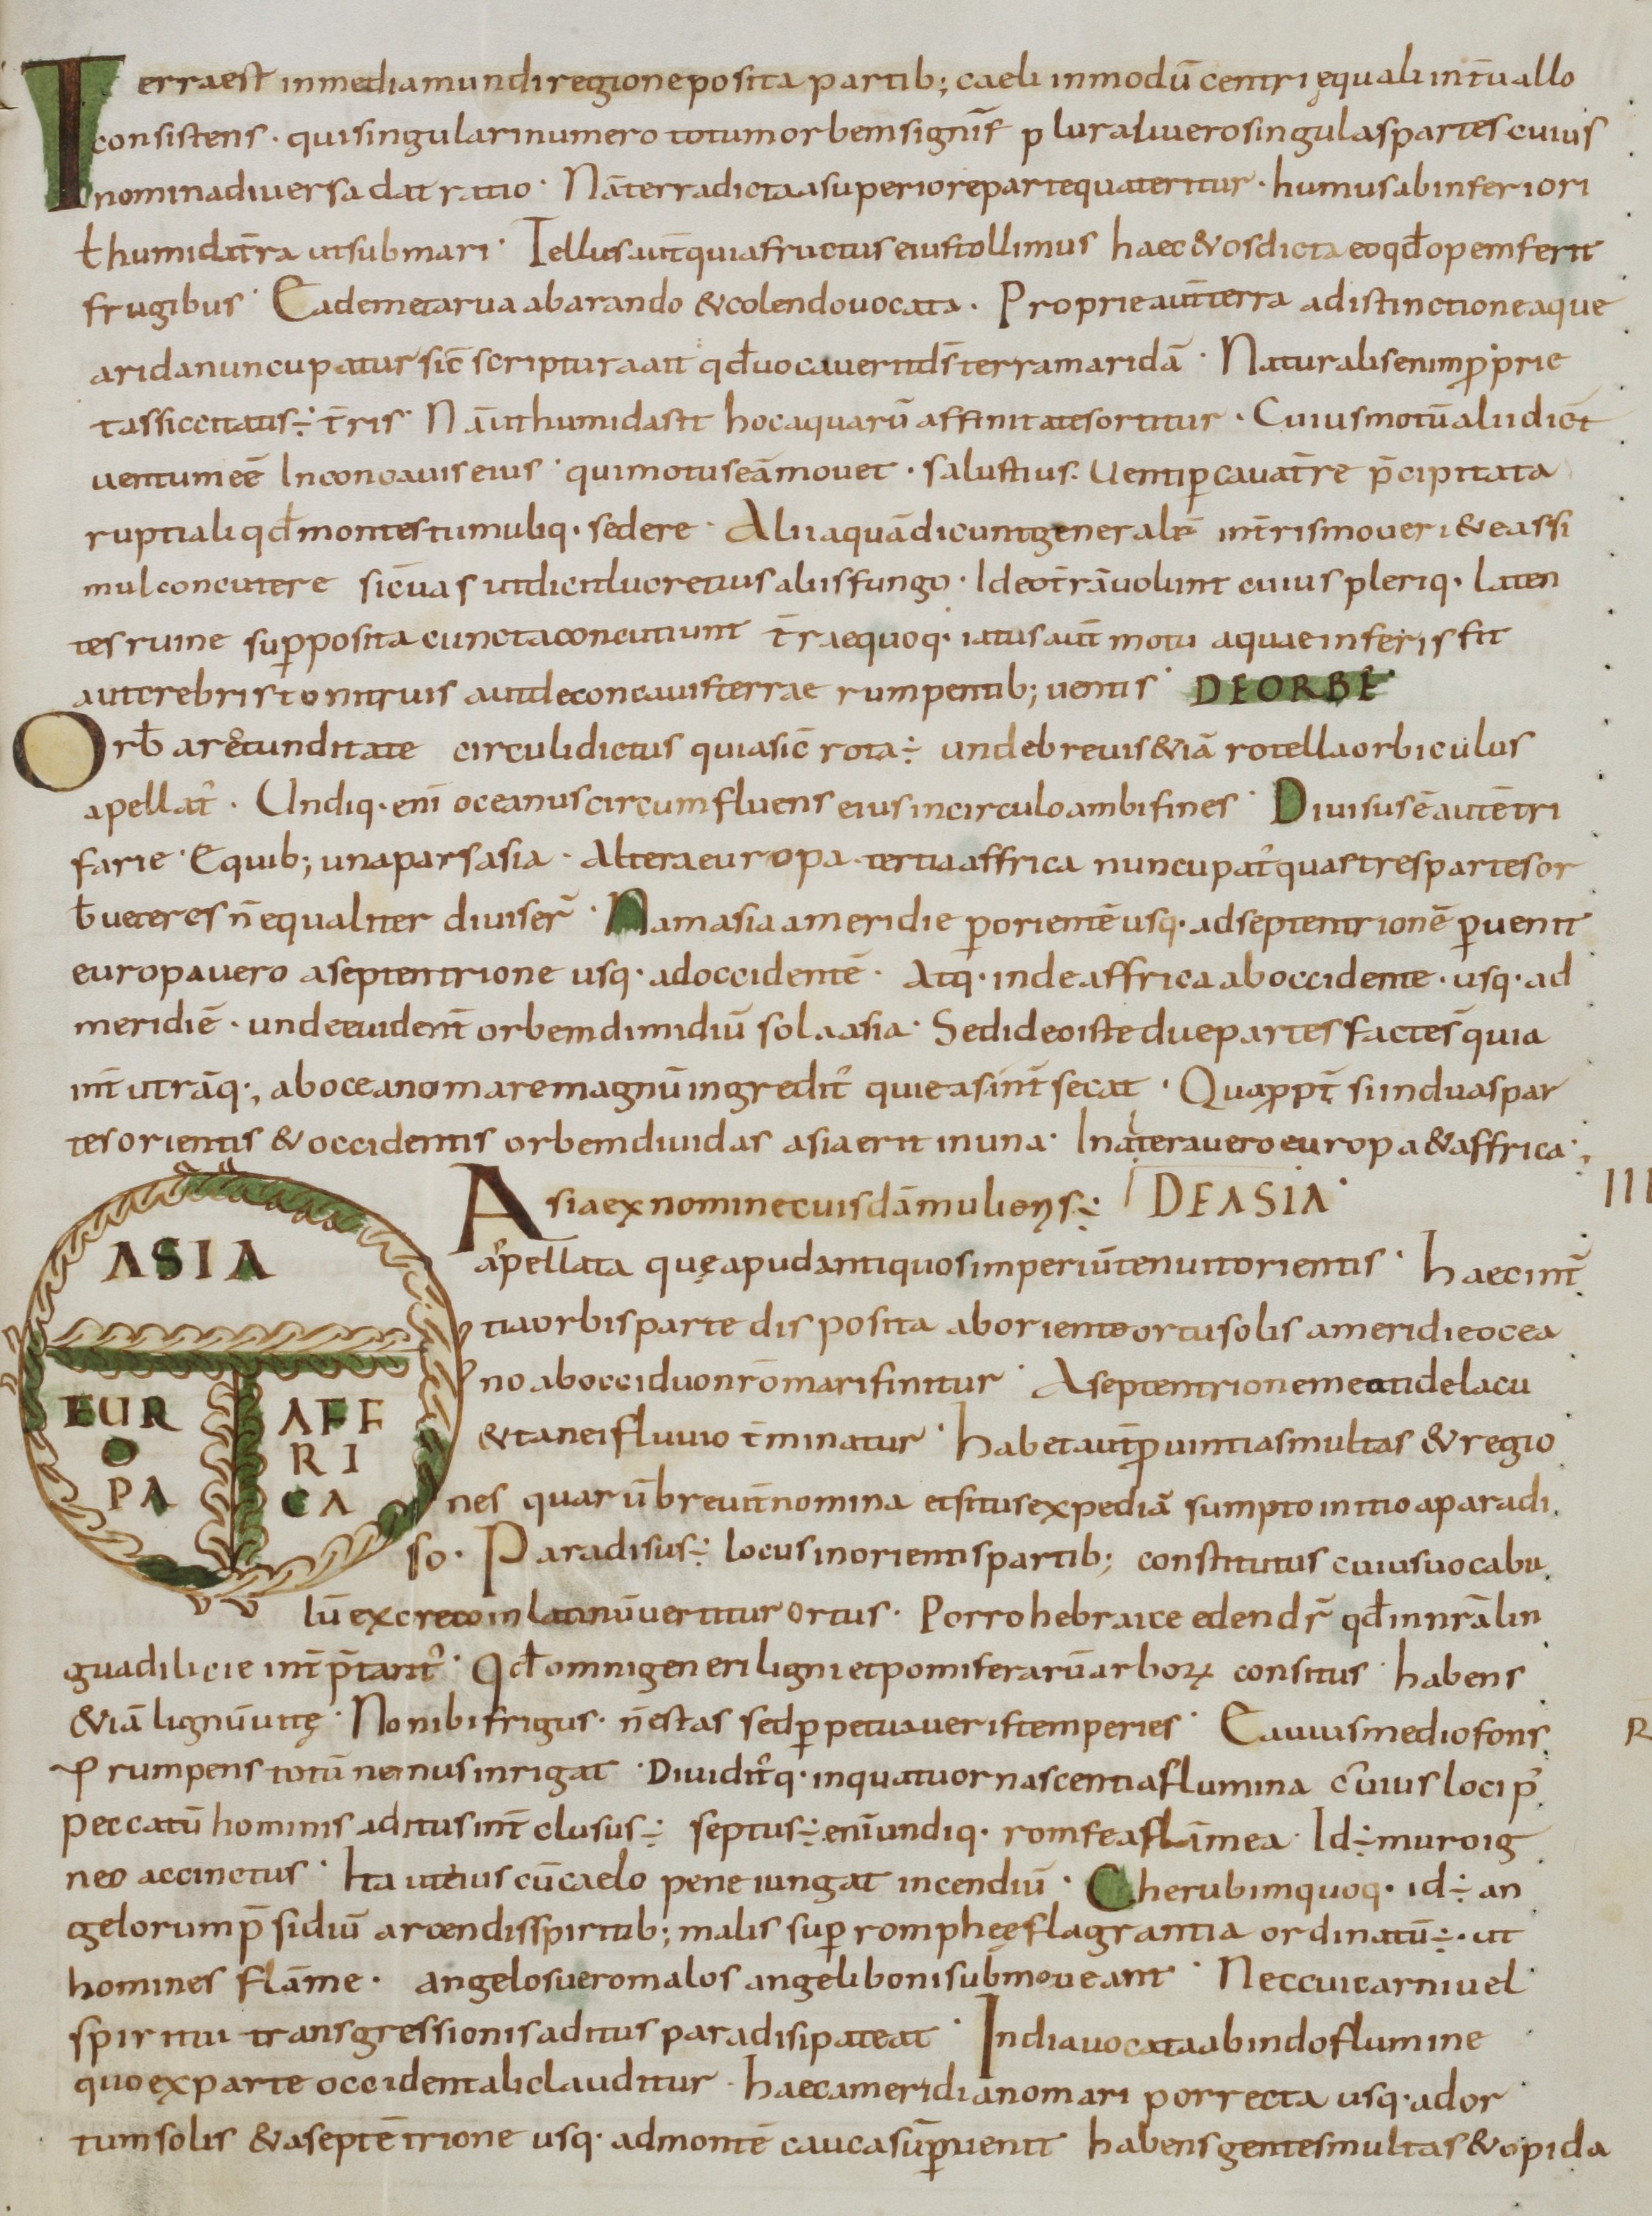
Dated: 800–899